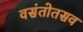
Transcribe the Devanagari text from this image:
वसंतोतसव